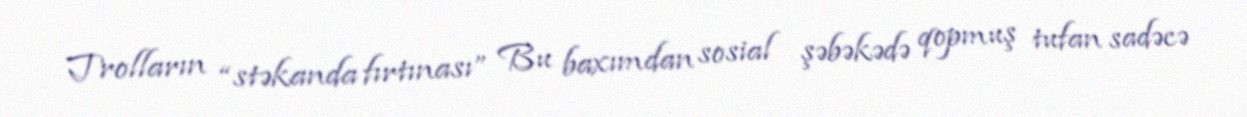
Trolların “stəkanda fırtınası” Bu baxımdan sosial şəbəkədə qopmuş tufan sadəcə